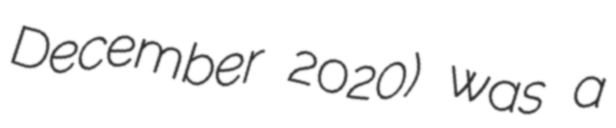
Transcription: December 2020) was a